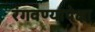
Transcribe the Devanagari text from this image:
रंगवण्यापेक्षा